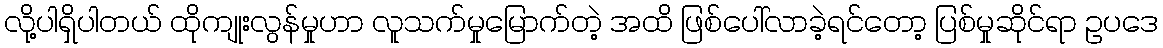
လို့ပါရှိပါတယ် ထိုကျုးလွန်မှုဟာ လူသက်မှုမြောက်တဲ့ အထိ ဖြစ်ပေါ်လာခဲ့ရင်တော့ ပြစ်မှုဆိုင်ရာ ဥပဒေ